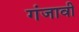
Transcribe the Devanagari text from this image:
गंजावी